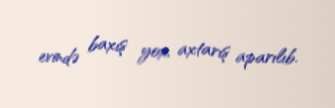
evində baxış yox, axtarış aparılıb.